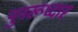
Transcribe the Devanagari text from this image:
पुनरूध्दार